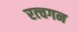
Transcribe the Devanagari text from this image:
रत्चगन